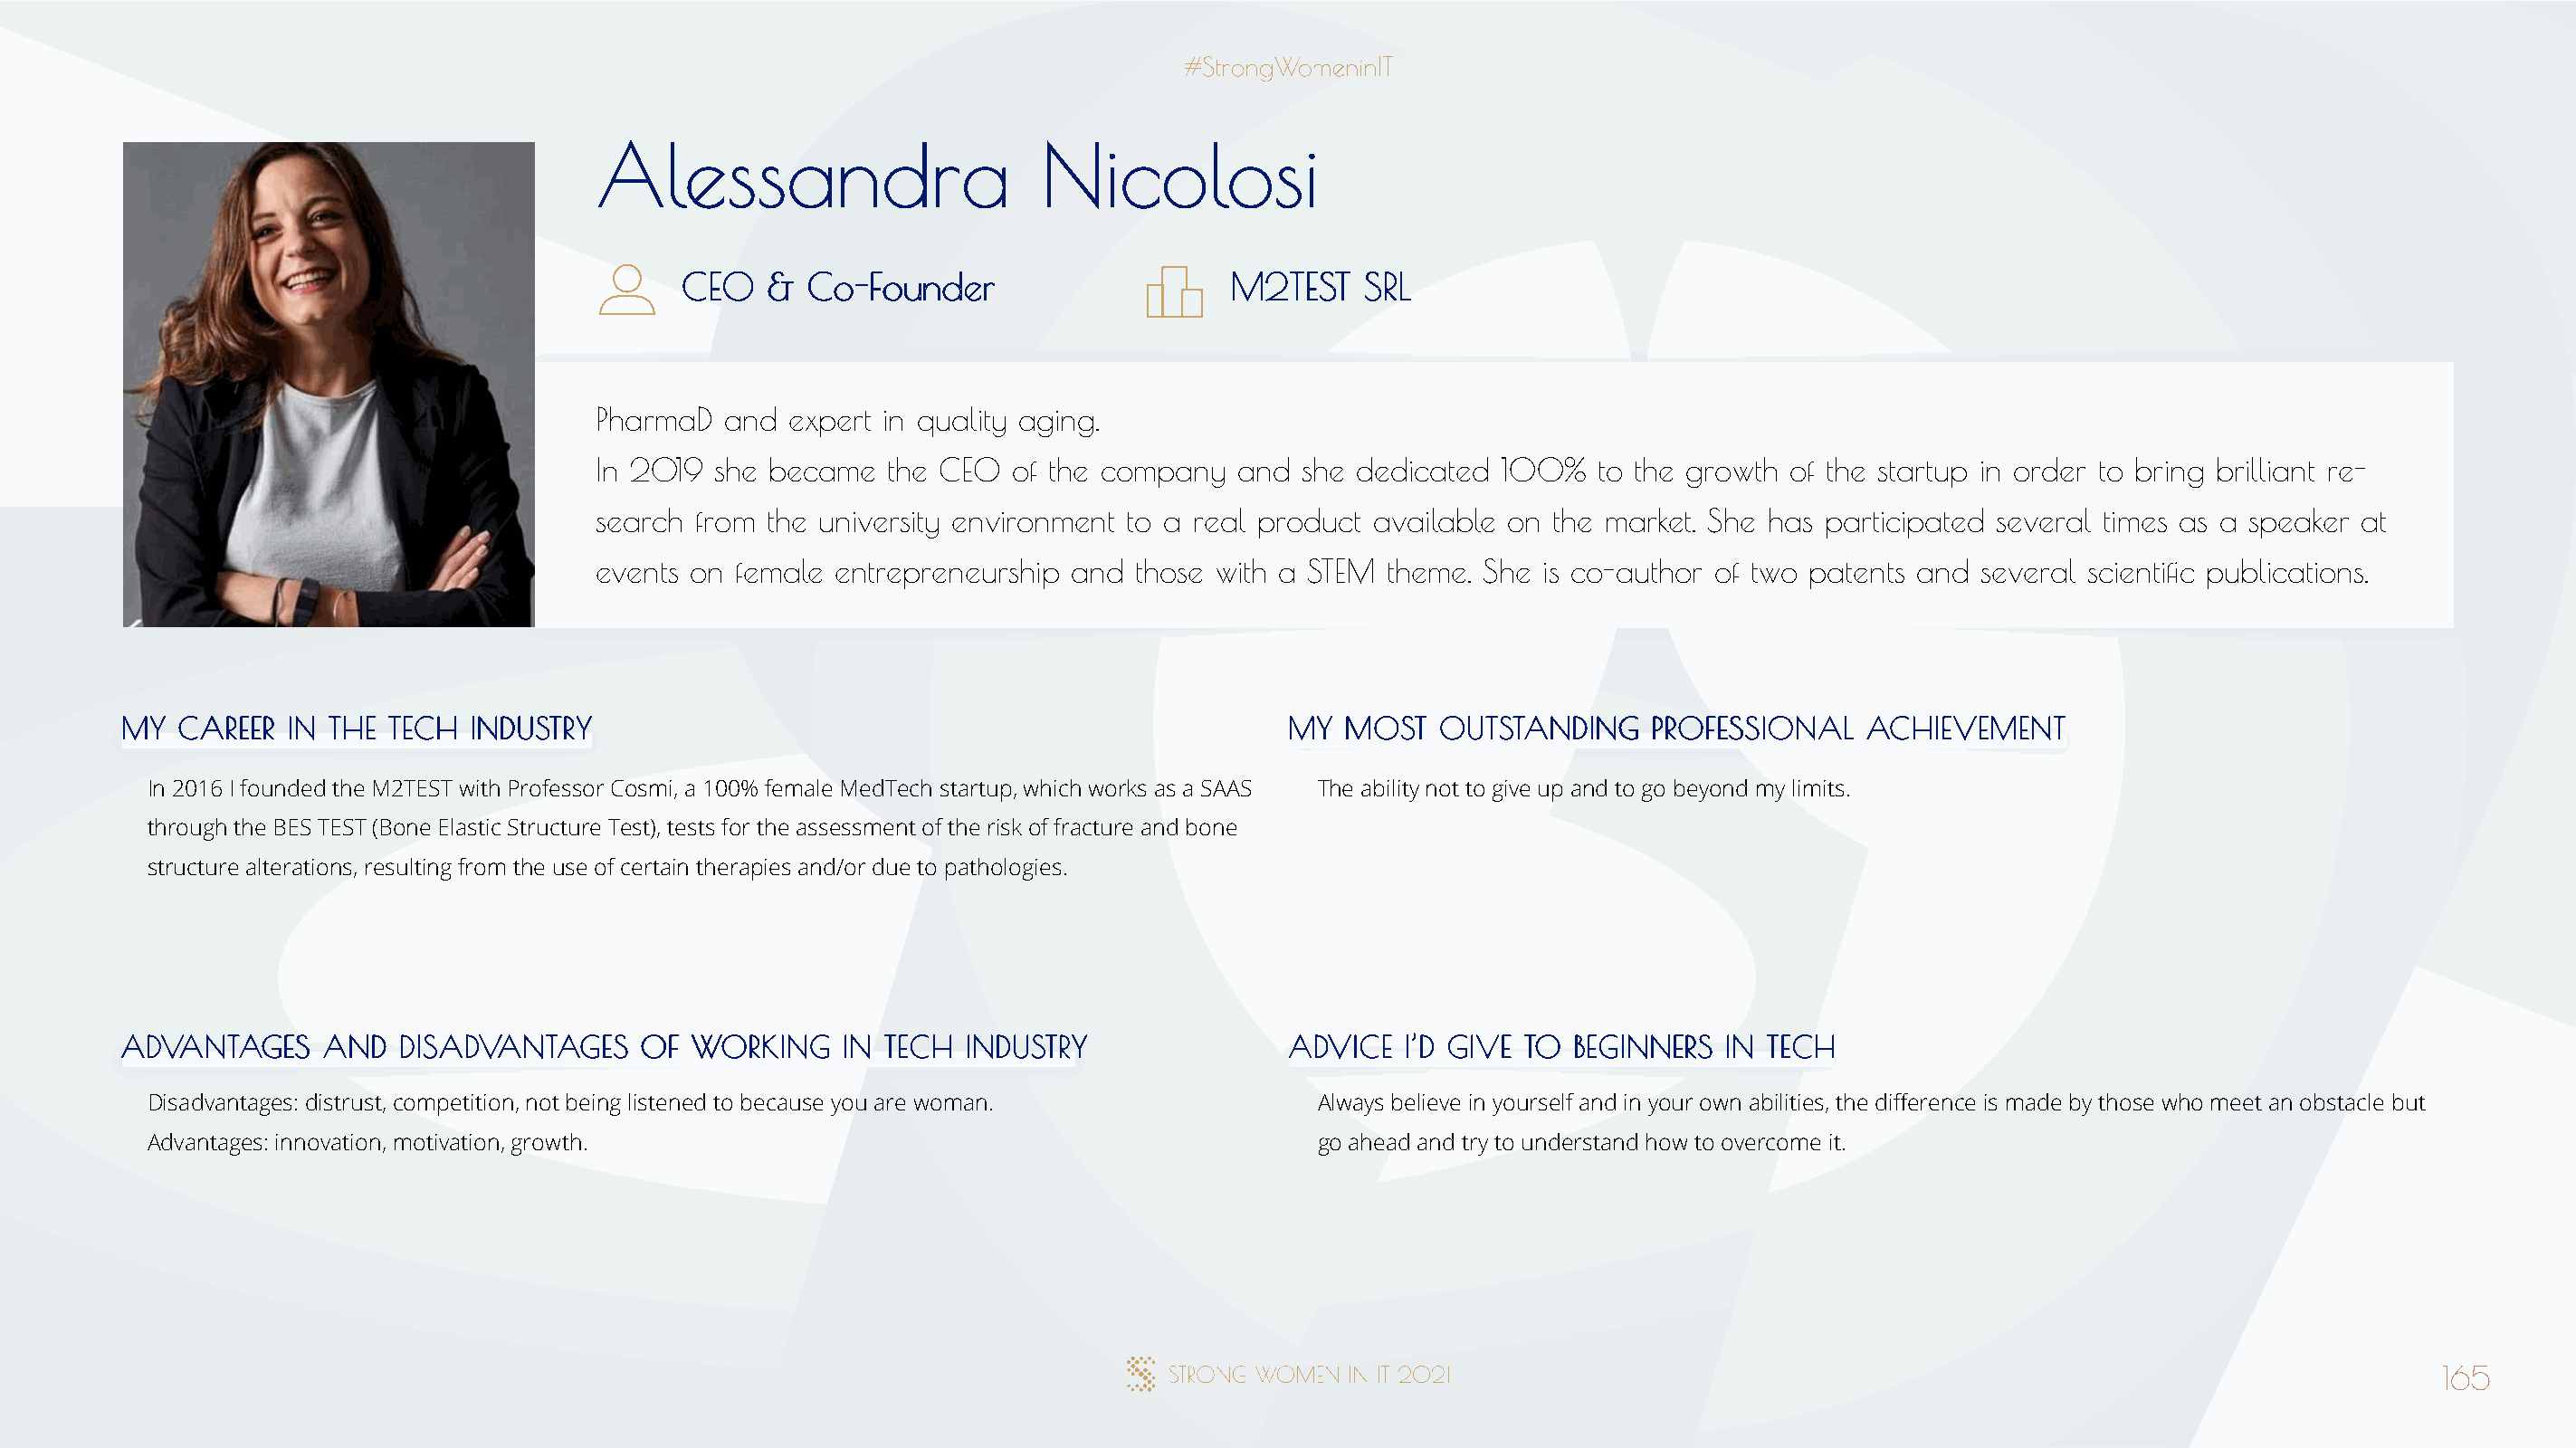
AAlleessssaannddrraa            NNiiccoolloossii
 CCEEOO && CCoo--FFoouunnddeerr          MM22TTEESSTT SSRRLL
 PharmaD  and  expert in quality aging.
 In 2019 she became   the CEO  of the company   and she dedicated  100%   to the growth of the startup in order to bring brilliant re-
 search from the university environment to a real product available on the market. She has participated several times as a speaker at
 events on female entrepreneurship and  those with a STEM theme. She  is co-author of two patents and several scientific publications.
 MMYY CCAARREEEERR IINN TTHHEE TTEECCHH IINNDDUUSSTTRRYY                              MMYY MMOOSSTT OOUUTTSSTTAANNDDIINNGG PPRROOFFEESSSSIIOONNAALL AACCHHIIEEVVEEMMEENNTT
 In 2016 I founded the M2TEST with Professor Cosmi, a 100% female MedTech startup, which works as a SAAS The ability not to give up and to go beyond my limits.
 through the BES TEST (Bone Elastic Structure Test), tests for the assessment of the risk of fracture and bone
 structure alterations, resulting from the use of certain therapies and/or due to pathologies.
 AADDVVAANNTTAAGGEESS AANNDD DDIISSAADDVVAANNTTAAGGEESS OOFF WWOORRKKIINNGG IINN TTEECCHH IINNDDUUSSTTRRYY AADDVVIICCEE II’’DD GGIIVVEE TTOO BBEEGGIINNNNEERRSS IINN TTEECCHH
 Disadvantages: distrust, competition, not being listened to because you are woman.   Always believe in yourself and in your own abilities, the difference is made by those who meet an obstacle but
 Advantages: innovation, motivation, growth.                                          go ahead and try to understand how to overcome it.
 165